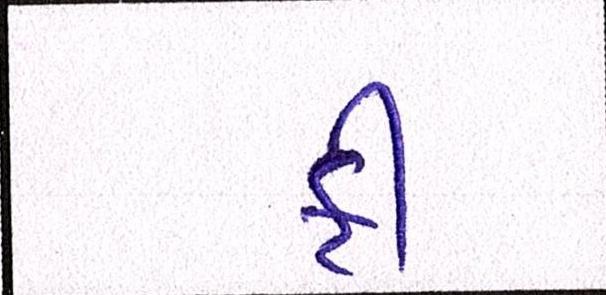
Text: ફી